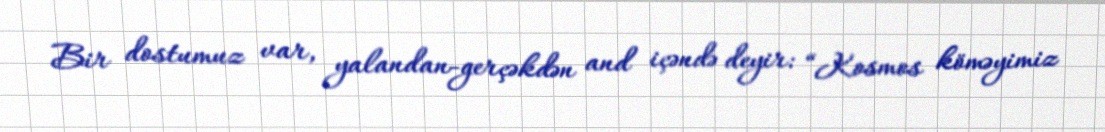
Bir dostumuz var, yalandan-gerçəkdən and içəndə deyir: “Kosmos köməyimiz